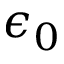
\epsilon _ { 0 }